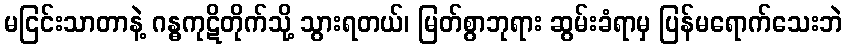
မငြင်းသာတာနဲ့ ဂန္ဓကုဋိတိုက်သို့ သွားရတယ်၊ မြတ်စွာဘုရား ဆွမ်းခံရာမှ ပြန်မရောက်သေးဘဲ